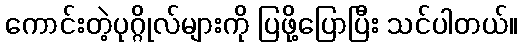
ကောင်းတဲ့ပုဂ္ဂိုလ်များကို ပြဖို့ပြောပြီး သင်ပါတယ်။